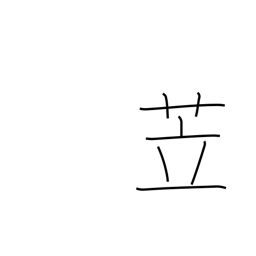
Meaning: pigsty